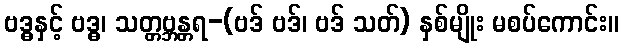
ဗဒ္ဓနှင့် ဗဒ္ဓ၊ သတ္တဗ္ဘန္တရ-(ဗဒ် ဗဒ်၊ ဗဒ် သတ်) နှစ်မျိုး မစပ်ကောင်း။